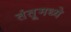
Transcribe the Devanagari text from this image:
तंतूमध्ये